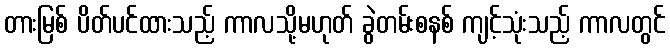
တားမြစ် ပိတ်ပင်ထားသည့် ကာလသို့မဟုတ် ခွဲတမ်းစနစ် ကျင့်သုံးသည့် ကာလတွင်